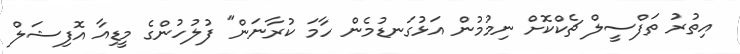
އިތުރު ތަފްސީލް ޗެކްކޮށް ނިމުމުން އަޅުގަނޑުމެން ހާމަ ކުރާނަން" ފުލުހުންގެ މީޑިއާ އޮފިޝަލް